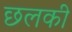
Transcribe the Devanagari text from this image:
छलकी